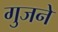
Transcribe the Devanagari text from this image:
गुजने